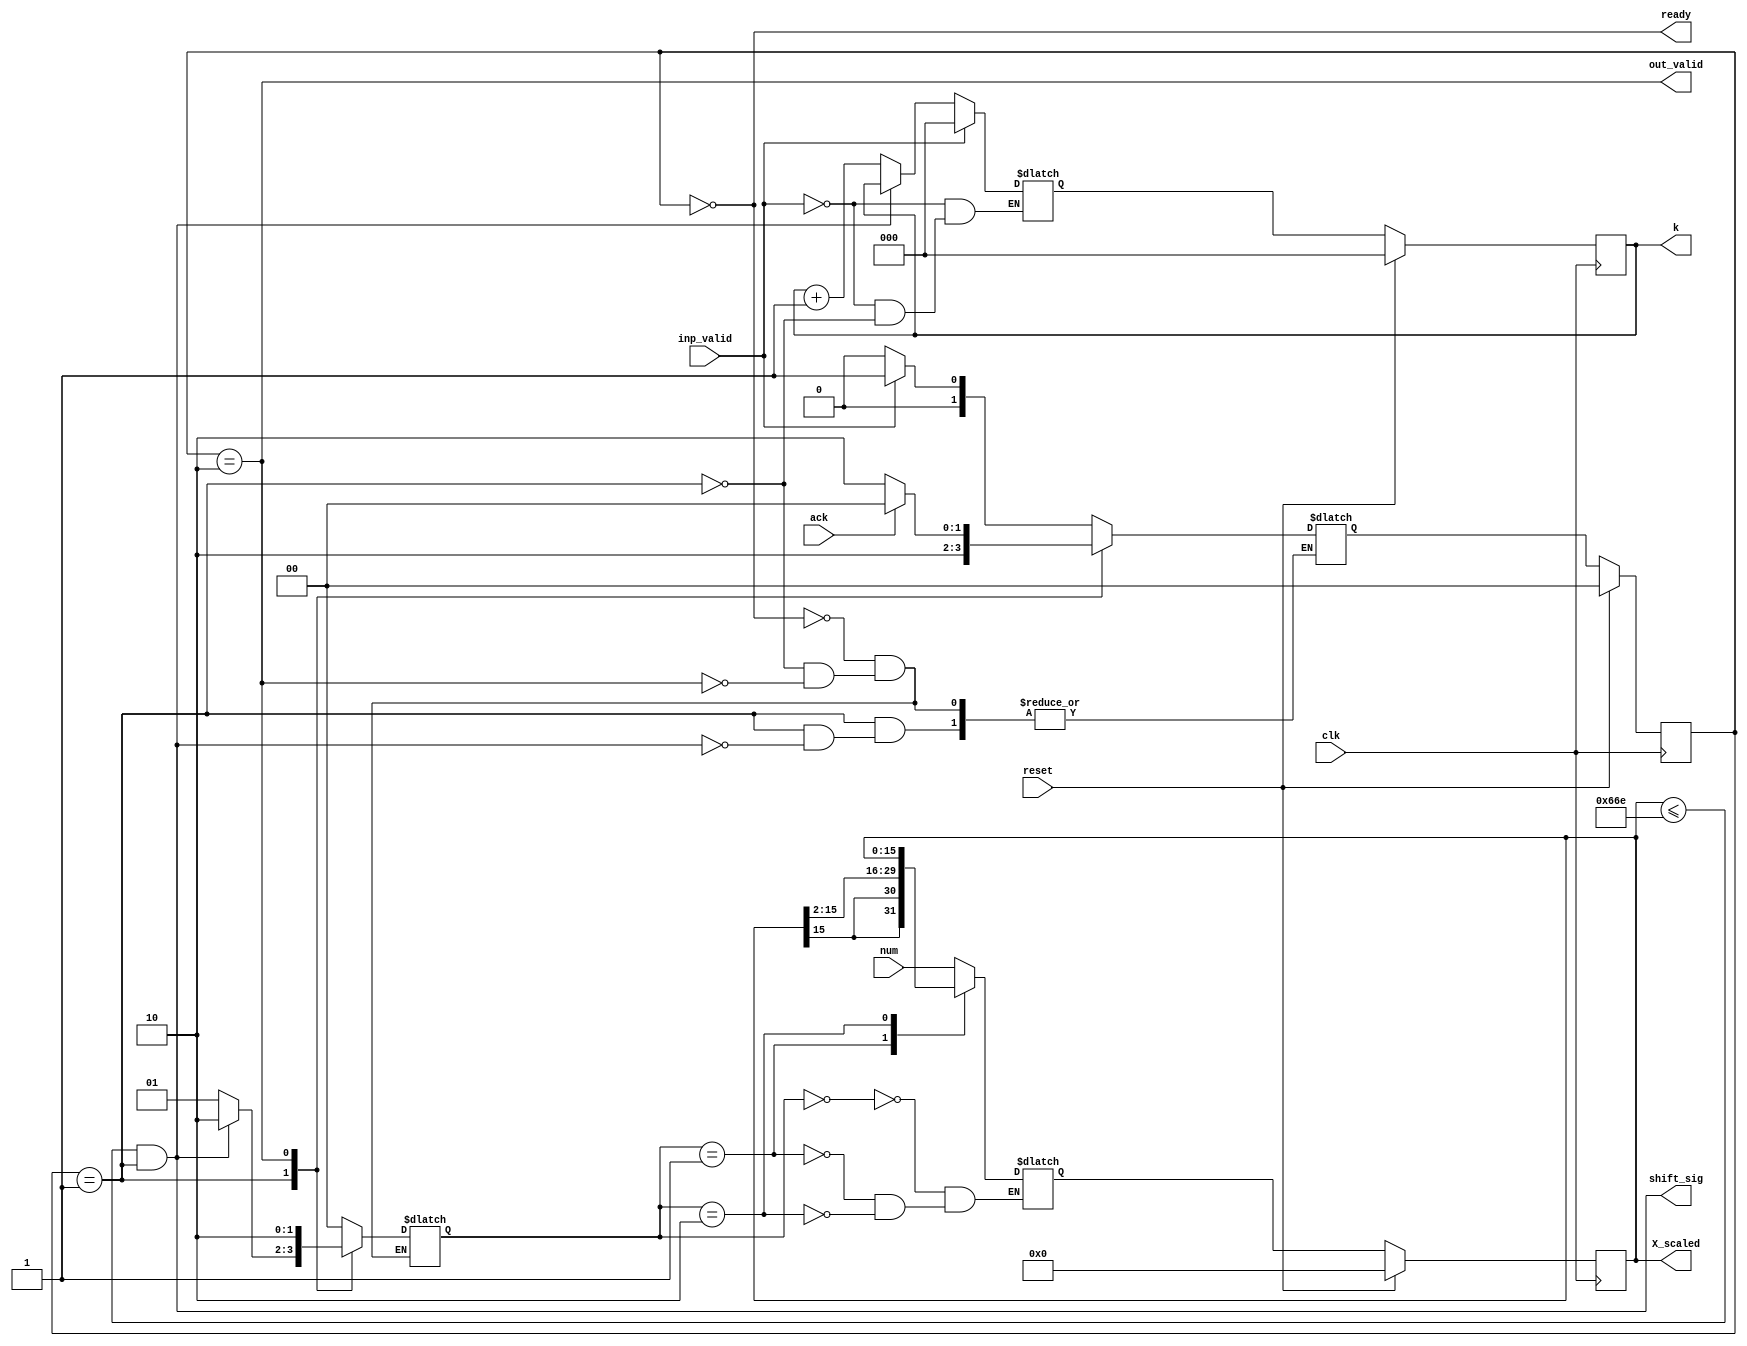
module scale_num(
  input clk,reset,ack,
  input signed [15:0] num,
  input inp_valid,
  output reg signed [15:0] X_scaled,
  output reg [2:0] k,
  output out_valid, ready, shift_sig
);
  
  localparam IDLE = 2'b00;
  localparam BUSY = 2'b01;
  localparam DONE = 2'b10;
  
  reg [1:0] state,next_state;
  
  assign out_valid = (state==DONE);
  assign ready = (state == IDLE);
  
  assign shift_sig = (X_scaled<=16'h066e) & (state==BUSY); // 066e is 0.80362
  										// i.e, 2x-1 <= 0.6072
  reg [1:0] mux_sig;
  
  wire signed [15:0] X_shift_2 = X_scaled>>>2; // right shift by 2
  
  reg signed [15:0] mux_out;
  reg [2:0] k_mux_out;//counter k
  
  always@(*)
    begin
      if(inp_valid)
        k_mux_out=0;
      else if(state==BUSY)
        begin
          if(!shift_sig)
            k_mux_out=k+1;
          else
            k_mux_out=k;
        end
    end
  
  // next_state
  always@(*)
    begin
      case(state)
        IDLE: 
          begin
            if(inp_valid) next_state=BUSY;
            else next_state=IDLE;
          end
        BUSY: 
          begin
            if(shift_sig)
              next_state=DONE;
          end
        DONE: 
          begin
            if (ack) next_state=IDLE;
            else next_state=DONE;
          end
      endcase
    end
  
  // x_scaled and k mux signals
  always@(*)
    begin
      case(state)
        IDLE: 
          mux_sig=0;
        BUSY:
          begin
            if(!shift_sig)
              mux_sig=1;
            else
              mux_sig=2;
          end
        DONE: 
          mux_sig=2;
      endcase
    end
    
  	// mux output
    always@(*)
      begin
        case(mux_sig)
          0: mux_out=num;
          1: mux_out= X_shift_2;
          2: mux_out=X_scaled; 
        endcase
      end
   
  // state assignment
   always@(posedge clk)
     begin
       if(reset)
         begin
           state<=IDLE;
           X_scaled<=0;
           k<=0;
         end
       else
         begin
           state<=next_state;
           X_scaled<=mux_out;
           k<=k_mux_out;
         end
     end
  
endmodule